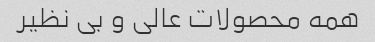
همه محصولات عالی و بی نظیر